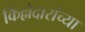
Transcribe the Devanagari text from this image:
किल्लेदारांच्या